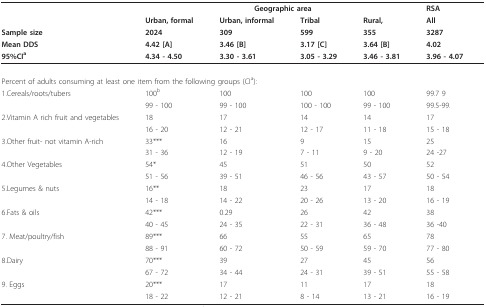
|  | <COLSPAN=4> Geographic area | RSA |
 |  | Urban, formal | Urban, informal | Tribal | Rural, | All |
 | Sample size | 2024 | 309 | 599 | 355 | 3287 |
 | Mean DDS | 4.42 [A] | 3.46 [B] | 3.17 [C] | 3.64 [B] | 4.02 |
 | 95%CIa | 4.34 - 4.50 | 3.30 - 3.61 | 3.05 - 3.29 | 3.46 - 3.81 | 3.96 - 4.07 |
 | --- | --- | --- | --- | --- | --- |
 | <COLSPAN=6> Percent of adults consuming at least one item from the following groups (CIa): |
 | 1.Cereals/roots/tubers | 100b | 100 | 100 | 100 | 99.7 9 |
 |  | 99 - 100 | 99 - 100 | 100 - 100 | 99 - 100 | 99.5-99. |
 | 2.Vitamin A rich fruit and vegetables | 18 | 17 | 14 | 14 | 17 |
 |  | 16 - 20 | 12 - 21 | 12 - 17 | 11 - 18 | 15 - 18 |
 | 3.Other fruit- not vitamin A-rich | 33*** | 16 | 9 | 15 | 25 |
 |  | 31 - 36 | 12 - 19 | 7 - 11 | 9 - 20 | 24 -27 |
 | 4.Other Vegetables | 54* | 45 | 51 | 50 | 52 |
 |  | 51 - 56 | 39 - 51 | 46 - 56 | 43 - 57 | 50 - 54 |
 | 5.Legumes & nuts | 16** | 18 | 23 | 17 | 18 |
 |  | 14 - 18 | 14 - 22 | 20 - 26 | 13 - 20 | 16 - 19 |
 | 6.Fats & oils | 42*** | 0.29 | 26 | 42 | 38 |
 |  | 40 - 45 | 24 - 35 | 22 - 31 | 36 - 48 | 36 -40 |
 | 7. Meat/poultry/fish | 89*** | 66 | 55 | 65 | 78 |
 |  | 88 - 91 | 60 - 72 | 50 - 59 | 59 - 70 | 77 - 80 |
 | 8.Dairy | 70*** | 39 | 27 | 45 | 56 |
 |  | 67 - 72 | 34 - 44 | 24 - 31 | 39 - 51 | 55 - 58 |
 | 9. Eggs | 20*** | 17 | 11 | 17 | 18 |
 |  | 18 - 22 | 12 - 21 | 8 - 14 | 13 - 21 | 16 - 19 |